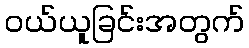
ဝယ်ယူခြင်းအတွက်